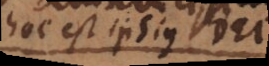
hoc est ipsius Dei